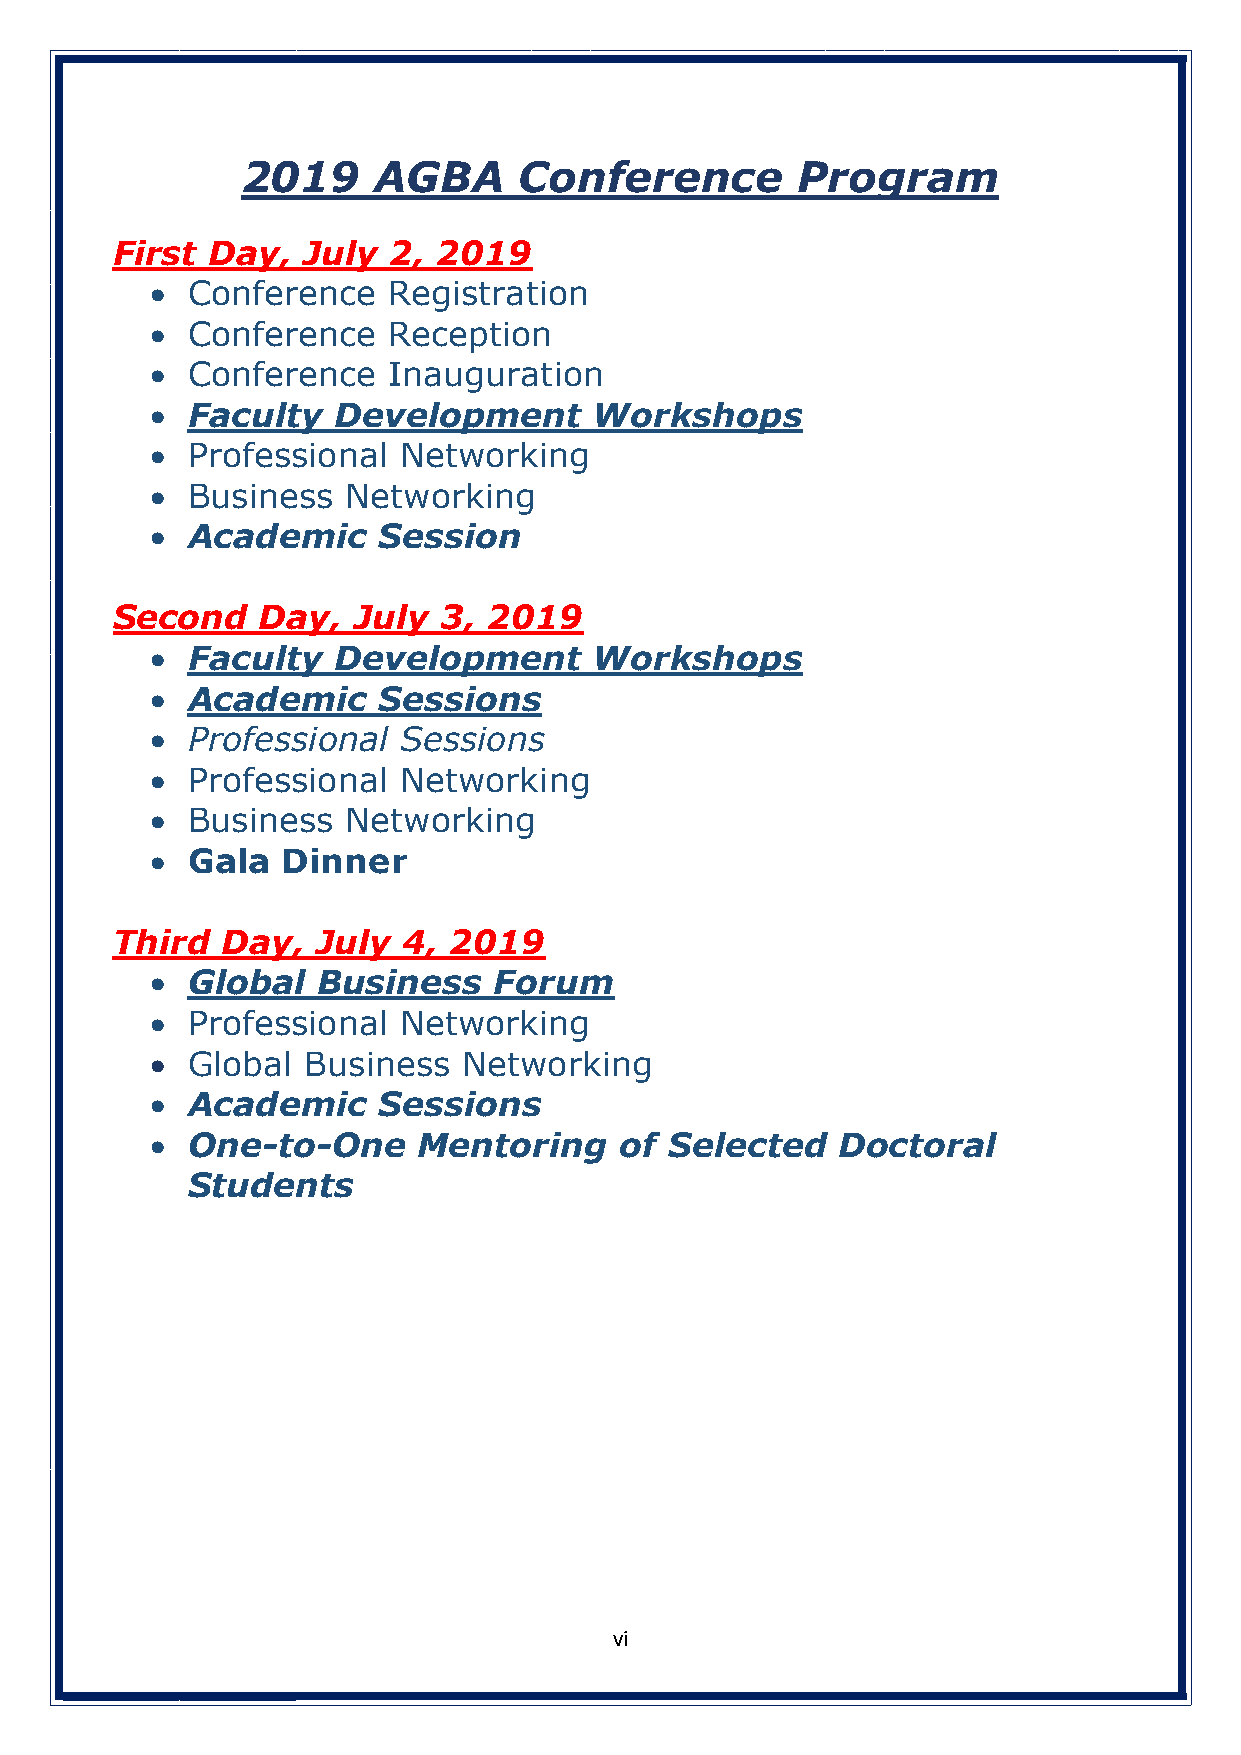
2019     AGBA     Conference         Program
 First  Day,  July  2, 2019
 • Conference    Registration
 • Conference    Reception
 • Conference    Inauguration
 • Faculty   Development      Workshops
 • Professional  Networking
 • Business   Networking
 • Academic     Session
 Second    Day,  July  3, 2019
 • Faculty   Development      Workshops
 • Academic     Sessions
 • Professional  Sessions
 • Professional  Networking
 • Business   Networking
 • Gala   Dinner
 Third   Day,  July  4, 2019
 • Global   Business    Forum
 • Professional  Networking
 • Global  Business   Networking
 • Academic     Sessions
 • One-to-One      Mentoring    of Selected    Doctoral
 Students
 vi